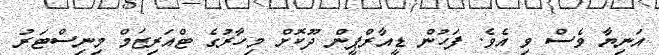
އަނިޔާ ވެސް ވި އެވެ. ފަހުން ޑީއާރްޕީން ދޫކޮށް މިހާރުގެ ޓްއަރިޒަމް މިނިސްޓަރު